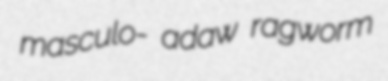
masculo- adaw ragworm